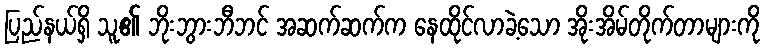
ပြည်နယ်ရှိ သူ၏ ဘိုးဘွားဘီဘင် အဆက်ဆက်က နေထိုင်လာခဲ့သော အိုးအိမ်တိုက်တာများကို